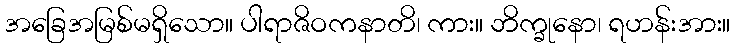
အခြေအမြစ်မရှိသော။ ပါရာဇိဝကနာတိ၊ ကား။ ဘိက္ခုနော၊ ရဟန်းအား။